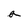
Character: a